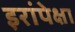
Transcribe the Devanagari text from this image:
इरांपेक्षा